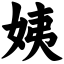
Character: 姨